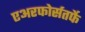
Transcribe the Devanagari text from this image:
एअरफोर्सतर्फे